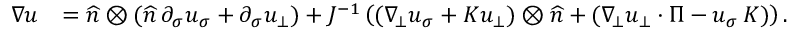
\begin{array} { r l } { \nabla u } & { = \widehat { n } \otimes ( \widehat { n } \, \partial _ { \sigma } u _ { \sigma } + \partial _ { \sigma } u _ { \bot } ) + J ^ { - 1 } \left( ( \nabla _ { \! \bot } u _ { \sigma } + K u _ { \bot } ) \otimes \widehat { n } + ( \nabla _ { \! \bot } u _ { \bot } \cdot \Pi - u _ { \sigma } \, K ) \right) . } \end{array}